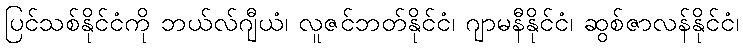
ပြင်သစ်နိုင်ငံကို ဘယ်လ်ဂျီယံ၊ လူဇင်ဘတ်နိုင်ငံ၊ ဂျာမနီနိုင်ငံ၊ ဆွစ်ဇာလန်နိုင်ငံ၊